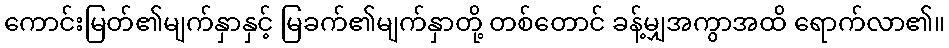
ကောင်းမြတ်၏မျက်နှာနှင့် မြခက်၏မျက်နှာတို့ တစ်တောင် ခန့်မျှအကွာအထိ ရောက်လာ၏။